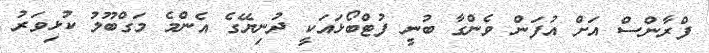
ފްރާންސް އަށް އުފަން ވެންގާ ބުނީ ފުޓްބޯޅައަކީ ދުނިޔޭގެ އެންމެ މަގްބޫލު ކުޅިވަރު